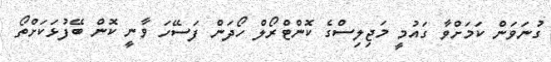
ގުނަވަން ކަމަށްވާ ގައުމީ މަޖިލިސްގެ ކޮންޓްރޯލް ހޯދަން ފަސޭހަ ވާނީ ކޮން ބޭފުޅަކަށްތޯ